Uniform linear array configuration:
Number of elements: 4
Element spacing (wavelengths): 0.25
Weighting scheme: binomial
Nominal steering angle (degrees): -60
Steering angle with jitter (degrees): -61.129
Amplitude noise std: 0.05
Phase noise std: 0.05

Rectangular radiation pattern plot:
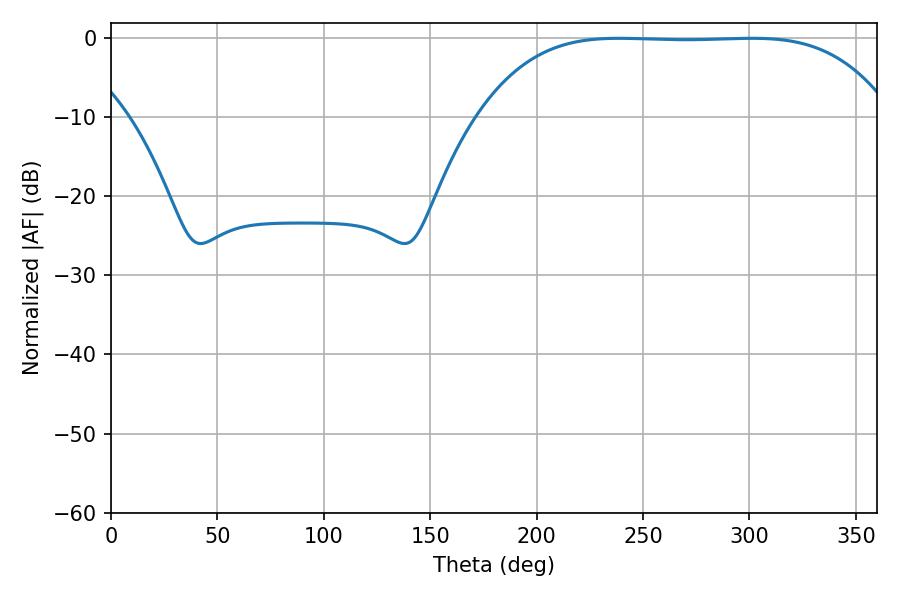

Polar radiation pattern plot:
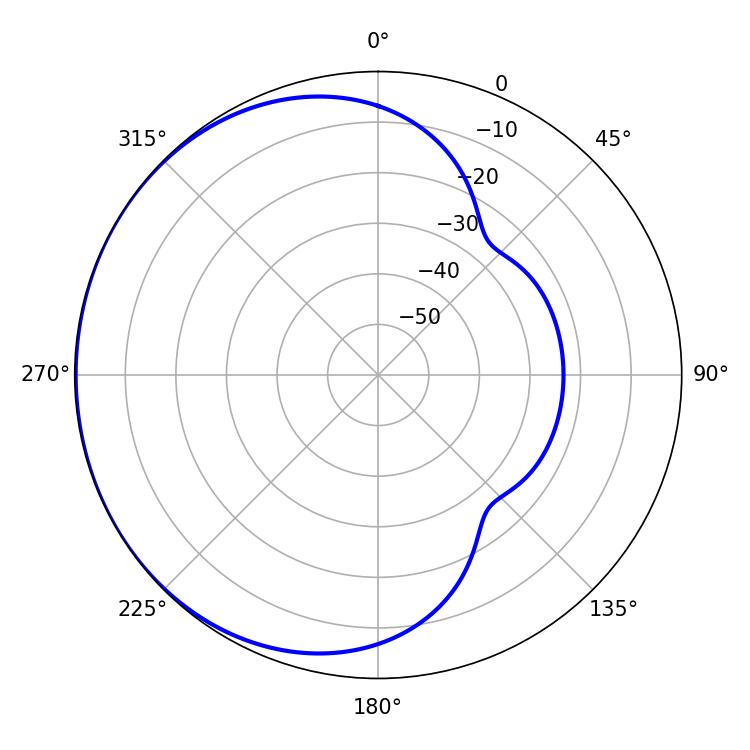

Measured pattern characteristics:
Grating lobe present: FALSE
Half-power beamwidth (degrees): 148.68
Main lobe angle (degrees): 301.32